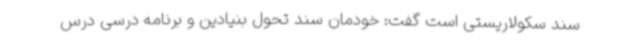
سند سکولاریستی است گفت: خودمان سند تحول بنیادین و برنامه درسی درس